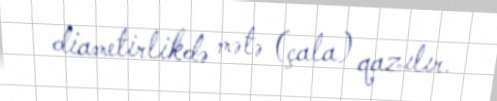
diametirlikdə mətə (çala) qazılır.